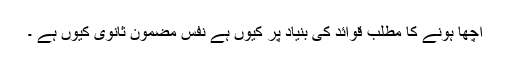
اچھا ہونے کا مطلب قوائد کی بنیاد پر کیوں ہے نفس مضمون ثانوی کیوں ہے ۔